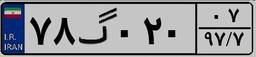
۷۸گ۰۲۰۰۷